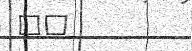
٦٢